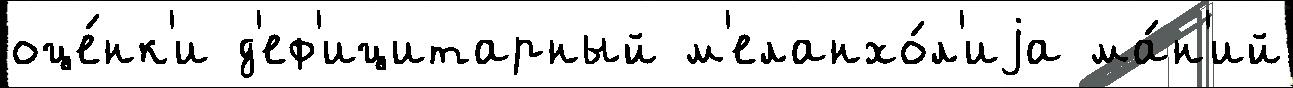
оце́нк'и д'еф'ицитарный м'еланхо́л'иjа ма́н'ий